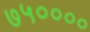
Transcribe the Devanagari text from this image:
७५००००